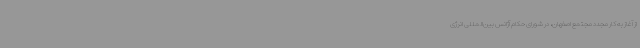
از آغاز به کار مجدد مجتمع اصفهان، در شورای حکام آژانس بین‌المللی انرژی